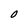
Character: O